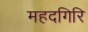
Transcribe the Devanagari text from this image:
महदगिरि